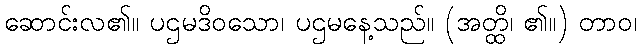
ဆောင်းလ၏။ ပဌမဒိဝသော၊ ပဌမနေ့သည်။ (အတ္ထိ၊ ၏။) တာဝ၊